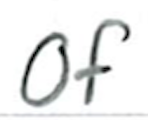
Text: of
Cross-out: clean
Writing tool: ballpoint